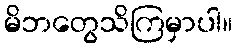
မိဘတွေသိကြမှာပါ။